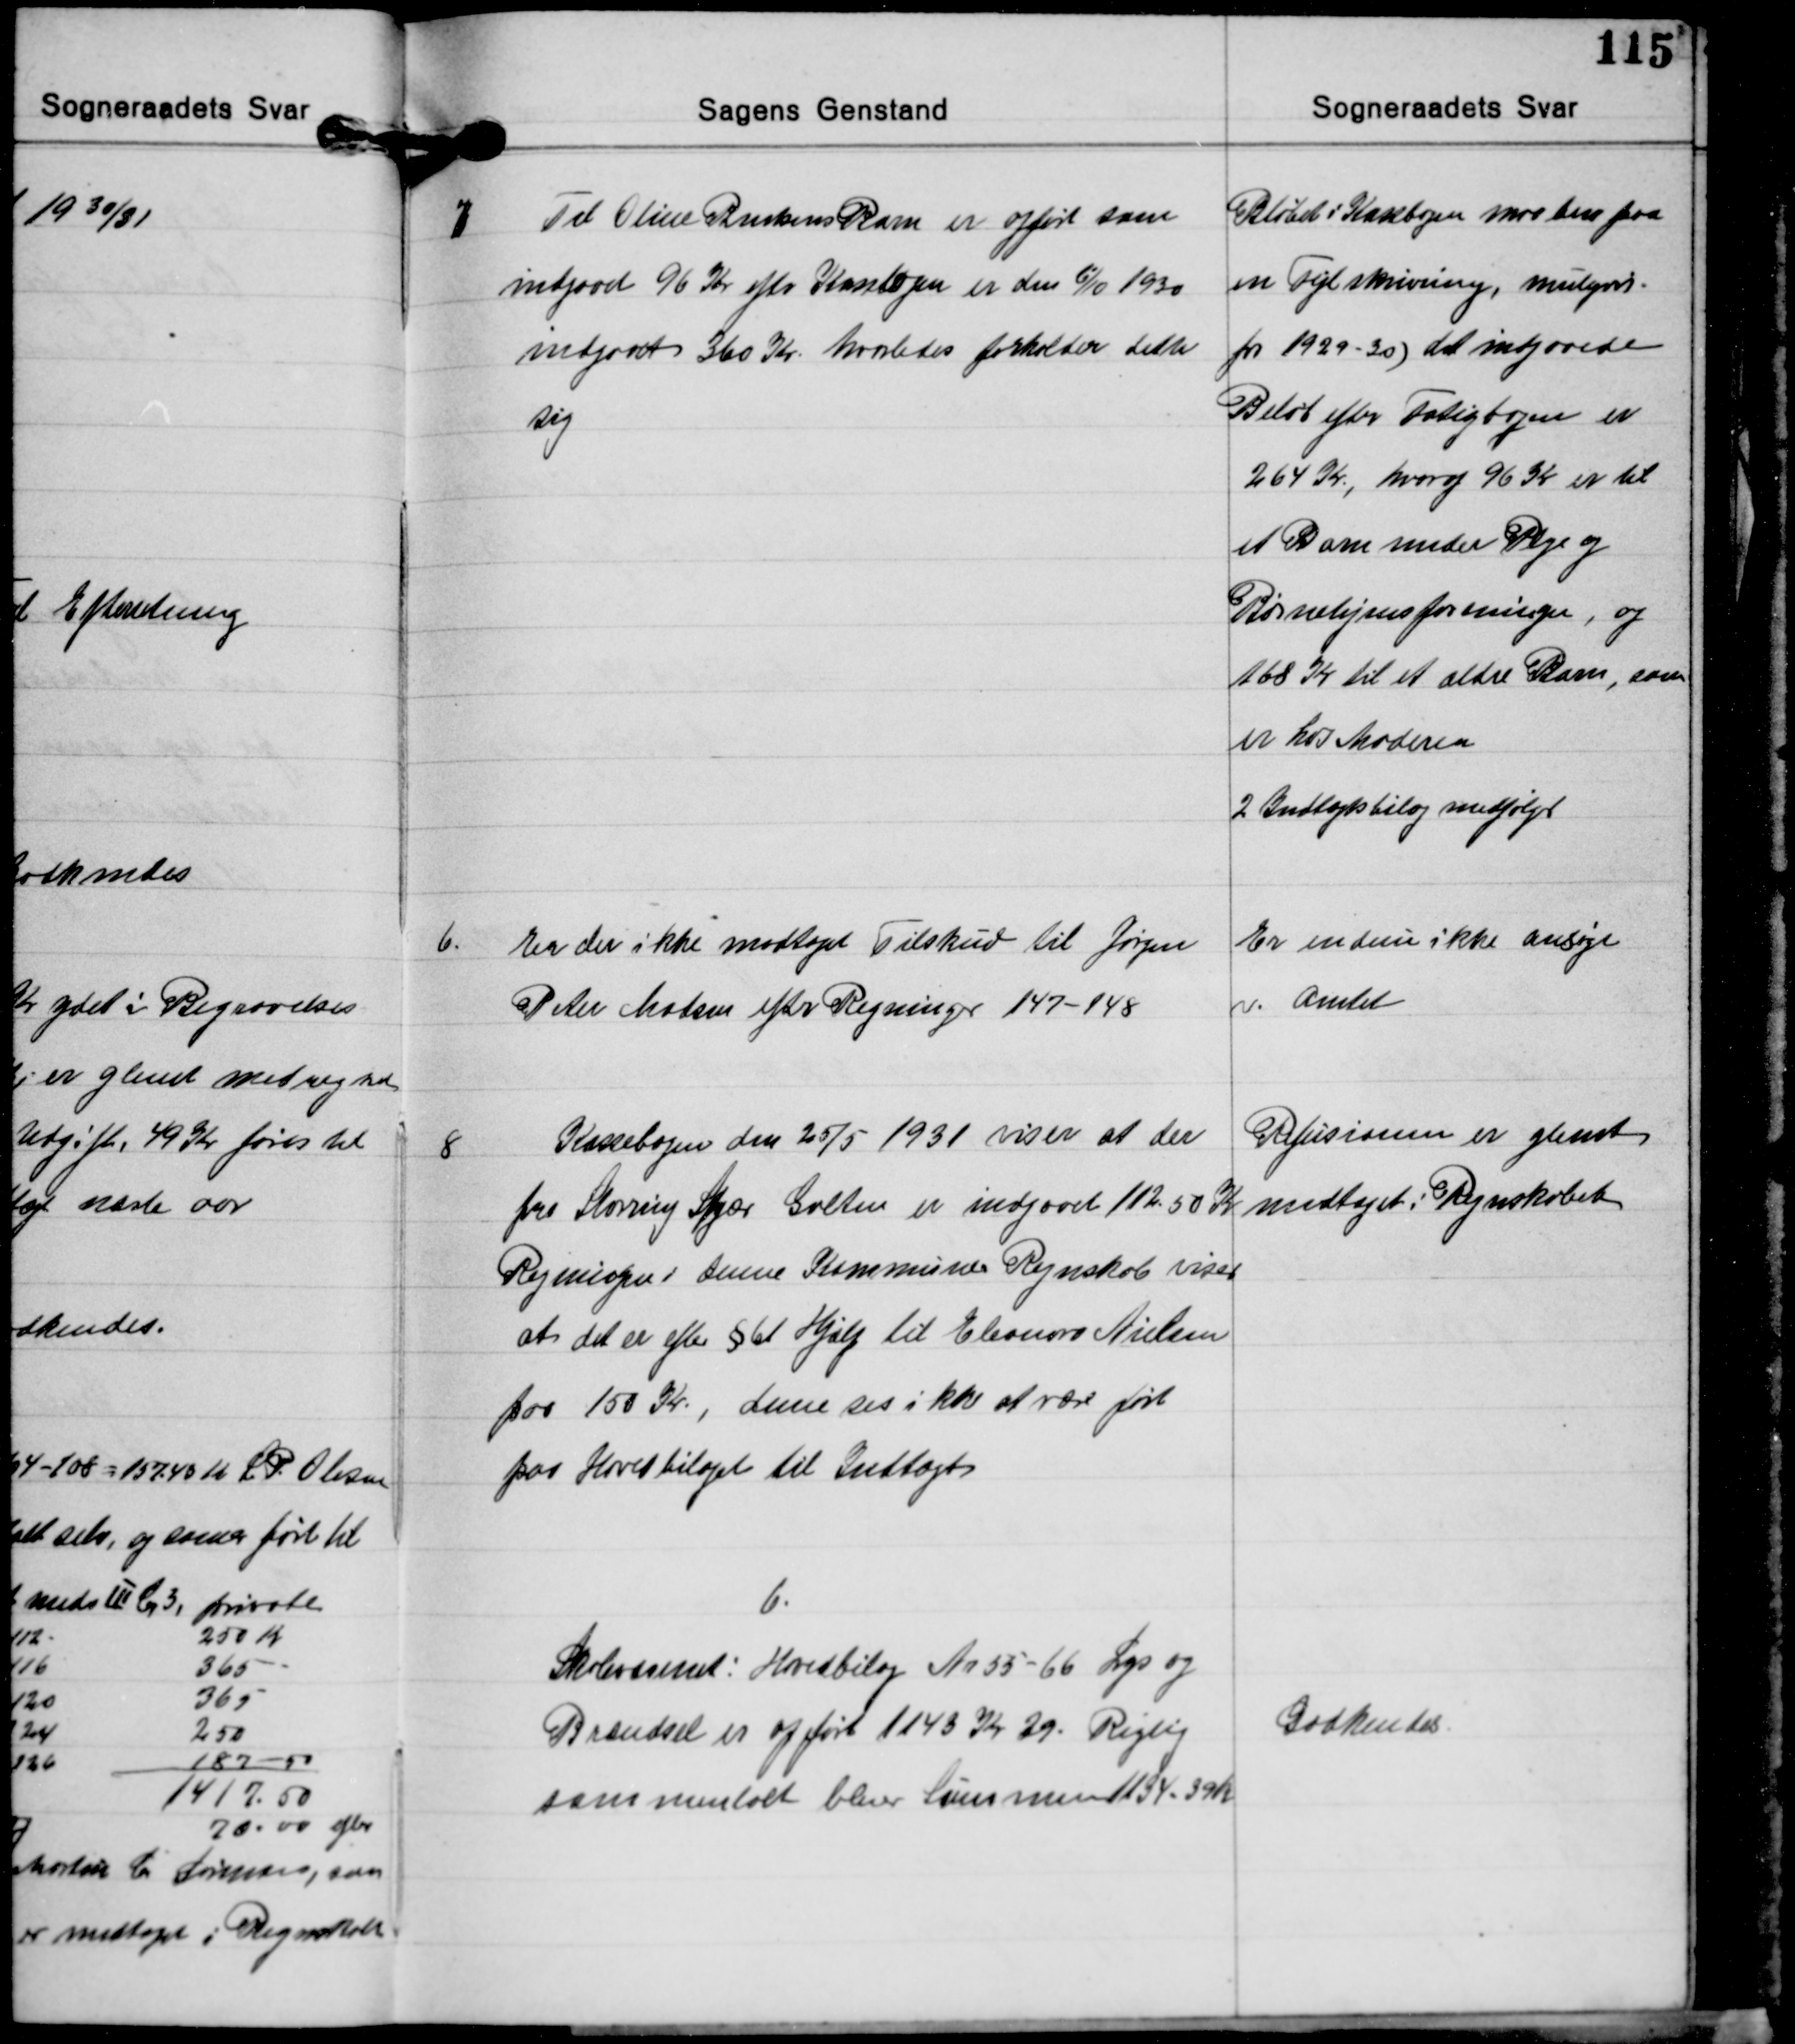
Transskription:
6 Til Oline Burkens Barn er opført som
indgaaet 96 Kr. efter Kassebogen er den 6/10 1930
indgaaet 360 Kr. hvorledes forholder dette
nyg

Bløbet i Kassebogen maa bero paa
en Fejlskrivning, muligvis
for 1929-30) det indgaaede
Beløb efter Fatigbogen er
264 Kr., hvoraf 96 Kr er til
et Barn under Pleje og
Børnehjemsforeninger, og
168 Kr til et ældre Barn, som
er hos Moderen
2 Indtægtsbilag medfølger

6.
Er der ikke modtaget Tilskud til Jørgen
Peter Madsen efter Regninger 147-148

Er indnu ikke ansøgt
v. Amtet

Refusionen er glemt
medtaget i Regnskabet

8
Kassebogen den 25/5 1931 viser at der
fra Storring Stjær Galten er indgaaet 112.50 Kr.
Regningen i denne Kommunes Regnskab viser
at det er efter § 61 Hjælp til Eleonora Nielsen
paa 150 Kr., dene ses ikke at være ført
paa Hovedbilaget til Indtægt

6.
Skolevæsenet: Hovedbilag Nr 35-66 Lys og
Brændsel er opført 1143 Kr. 29. Rigtig
sammentalt bliver Summen 1134.39 Kr.

Godkendes.